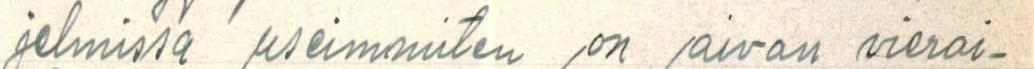
jelmissa useimmiten on aivan vierai-